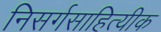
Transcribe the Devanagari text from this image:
निसर्गसाहित्यीक